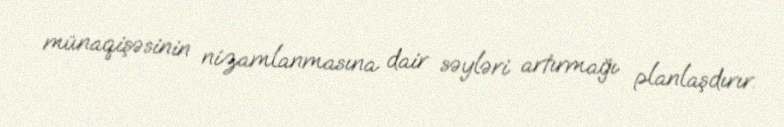
münaqişəsinin nizamlanmasına dair səyləri artırmağı planlaşdırır.